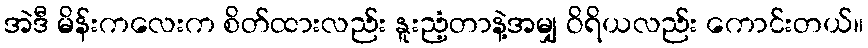
အဲဒီ မိန်းကလေးက စိတ်ထားလည်း နူးညံ့တာနဲ့အမျှ ဝိရိယလည်း ကောင်းတယ်။